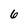
Character: 6